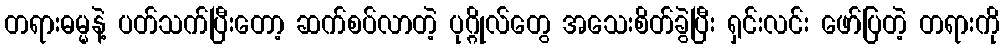
တရားဓမ္မနဲ့ ပတ်သက်ပြီးတော့ ဆက်စပ်လာတဲ့ ပုဂ္ဂိုလ်တွေ အသေးစိတ်ခွဲပြီး ရှင်းလင်း ဖော်ပြတဲ့ တရားကို